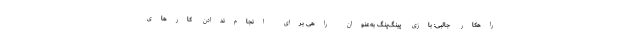
راهکار جالبی: بازی پینگ‌پنگ به‌عنوان راهی برای انجام‌ندادن کارهای